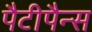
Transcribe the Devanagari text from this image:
पैटीपैन्स